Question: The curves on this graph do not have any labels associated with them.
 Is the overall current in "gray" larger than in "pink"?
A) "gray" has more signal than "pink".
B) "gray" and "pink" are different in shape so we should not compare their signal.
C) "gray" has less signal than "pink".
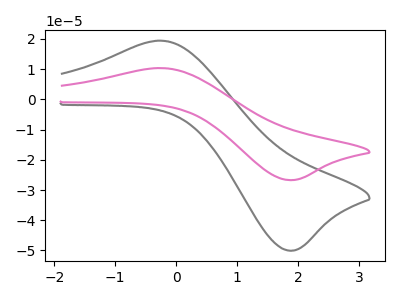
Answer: <think>The gray curve "gray" has an anodic peak at (-0.25V, 19.45uA) and a cathodic peak at (1.85V, -50.05uA). The pink curve "pink" has an anodic peak at (-0.25V, 10.35uA) and a cathodic peak at (1.85V, -26.70uA).
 All the peaks in "gray" have a peak in "pink" at the same potential. Every peak in "gray" is higher than every peak in "pink".</think>
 <answer>A) "gray" has more signal than "pink".</answer>
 <eval>A</eval>